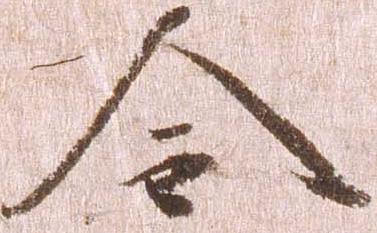
令